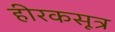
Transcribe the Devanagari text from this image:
हीरकसूत्र